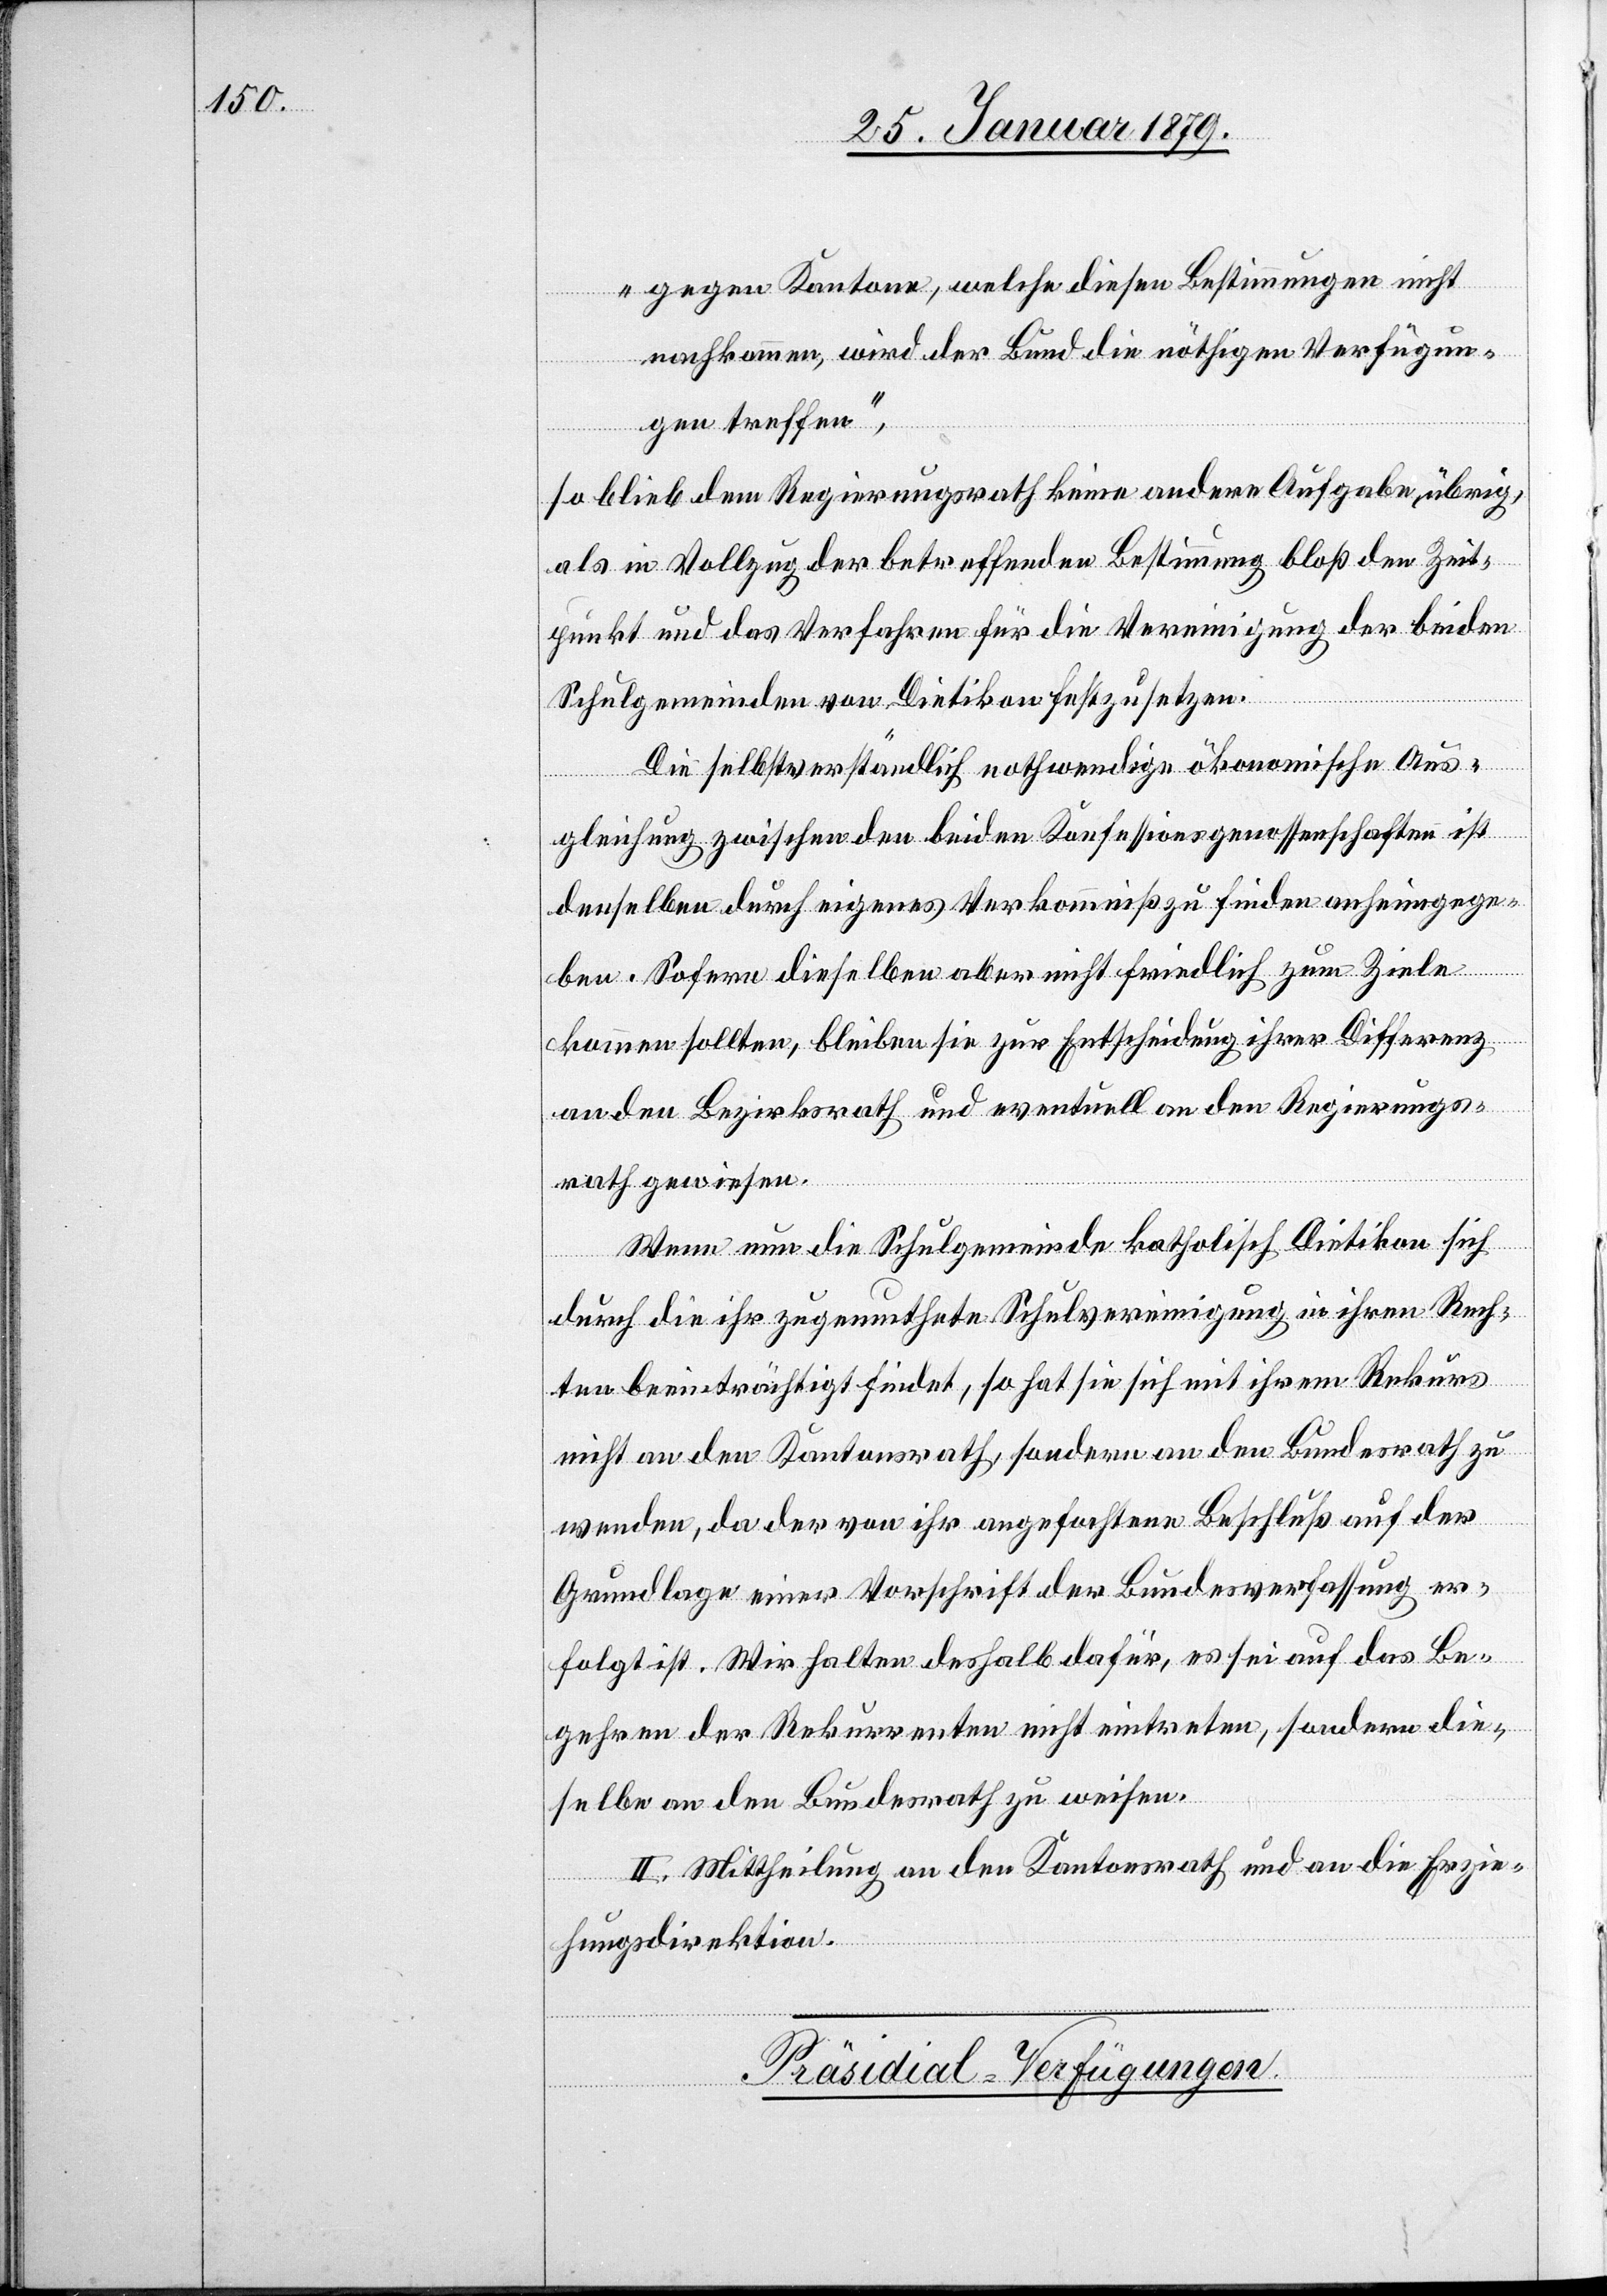
„gegen Kantone, welche diesen Bestimmungen nicht
nachkommen, wird der Bund die nöthigen Verfügun¬
gen treffen“,
so blieb dem Regierungsrath keine andere Aufgabe übrig,
als in Vollzug der betreffenden Bestimmung bloß den Zeit¬
punkt und das Verfahren für die Vereinigung der beiden
Schulgemeinden von Dietikon festzusetzen.
Die selbstverständlich nothwendige ökonomische Aus¬
gleichung zwischen den beiden Konfessionsgenossenschaften ist
denselben durch eigenes Verkommniß zu finden anheimgege¬
ben. Sofern dieselben aber nicht friedlich zum Ziele
kommen sollten, bleiben sie zur Entscheidung ihrer Differenz
an den Bezirksrath und eventuell an den Regierungs¬
rath gewiesen.
Wenn nun die Schulgemeinde katholisch Dietikon sich
durch die ihr zugemuthete Schulvereinigung in ihren Rech¬
ten beeinträchtigt findet, so hat sie sich mit ihrem Rekurs
nicht an den Kantonsrath, sondern an den Bundesrath zu
wenden, da der von ihr angefochtene Beschluß auf der
Grundlage einer Vorschrift der Bundesverfassung er¬
folgt ist. Wir halten deshalb dafür, es sei auf das Be¬
gehren der Rekurrenten nicht eintreten [recte:
eselbe an den Bundesrath zu weisen.
[sic!] Mittheilung an den Kantonsrath und an die Erzie¬
di¬
hungsdirektion.
Präsidial-Verfügungen.